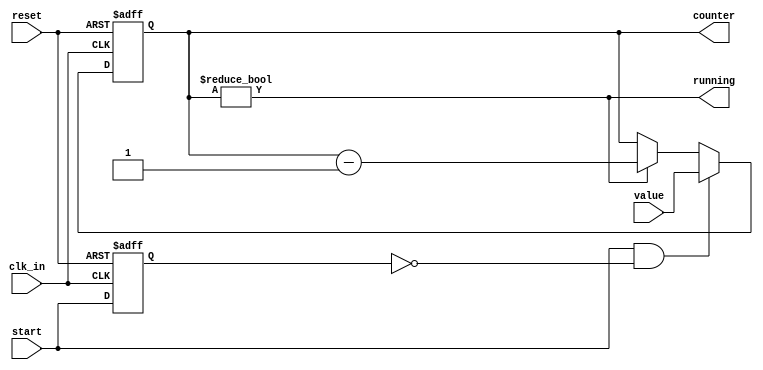
/* a timeout module... output is de-asserted after the counter expires
	clk_in        - input clock, keep it running
	start         - counter resets/begins when becomes high
	                sampled on clk_in rising edge
	value         - count-down reset value
	                captured on the rising edge of clk_in, when start is first high
	running       - is the counter still running?
*/
module timeout #(
	parameter COUNTER_WIDTH = 8
) (
	input reset,
	input clk_in,
	input start,

	input [COUNTER_WIDTH - 1:0] value,
	output reg [COUNTER_WIDTH - 1:0] counter,

	output running
);
	reg start_latch = 1'b0;

	assign running = counter != 0;

	always @(posedge clk_in, posedge reset) begin
		if (reset) begin
			counter <= 'b0;
			start_latch <= 1'b0;
		end
		else begin
			if (start && !start_latch) begin
				counter <= value;
			end
			else if (counter != 0) begin
				counter <= counter - 'd1;
			end
			start_latch <= start;
		end
	end
endmodule